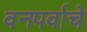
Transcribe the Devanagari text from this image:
वनपर्वाचे